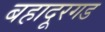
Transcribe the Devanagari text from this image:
बहादूरगड